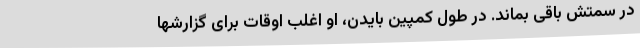
در سمتش باقی بماند. در طول کمپین بایدن، او اغلب اوقات برای گزارشها